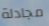
مجادلة